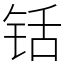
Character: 铦